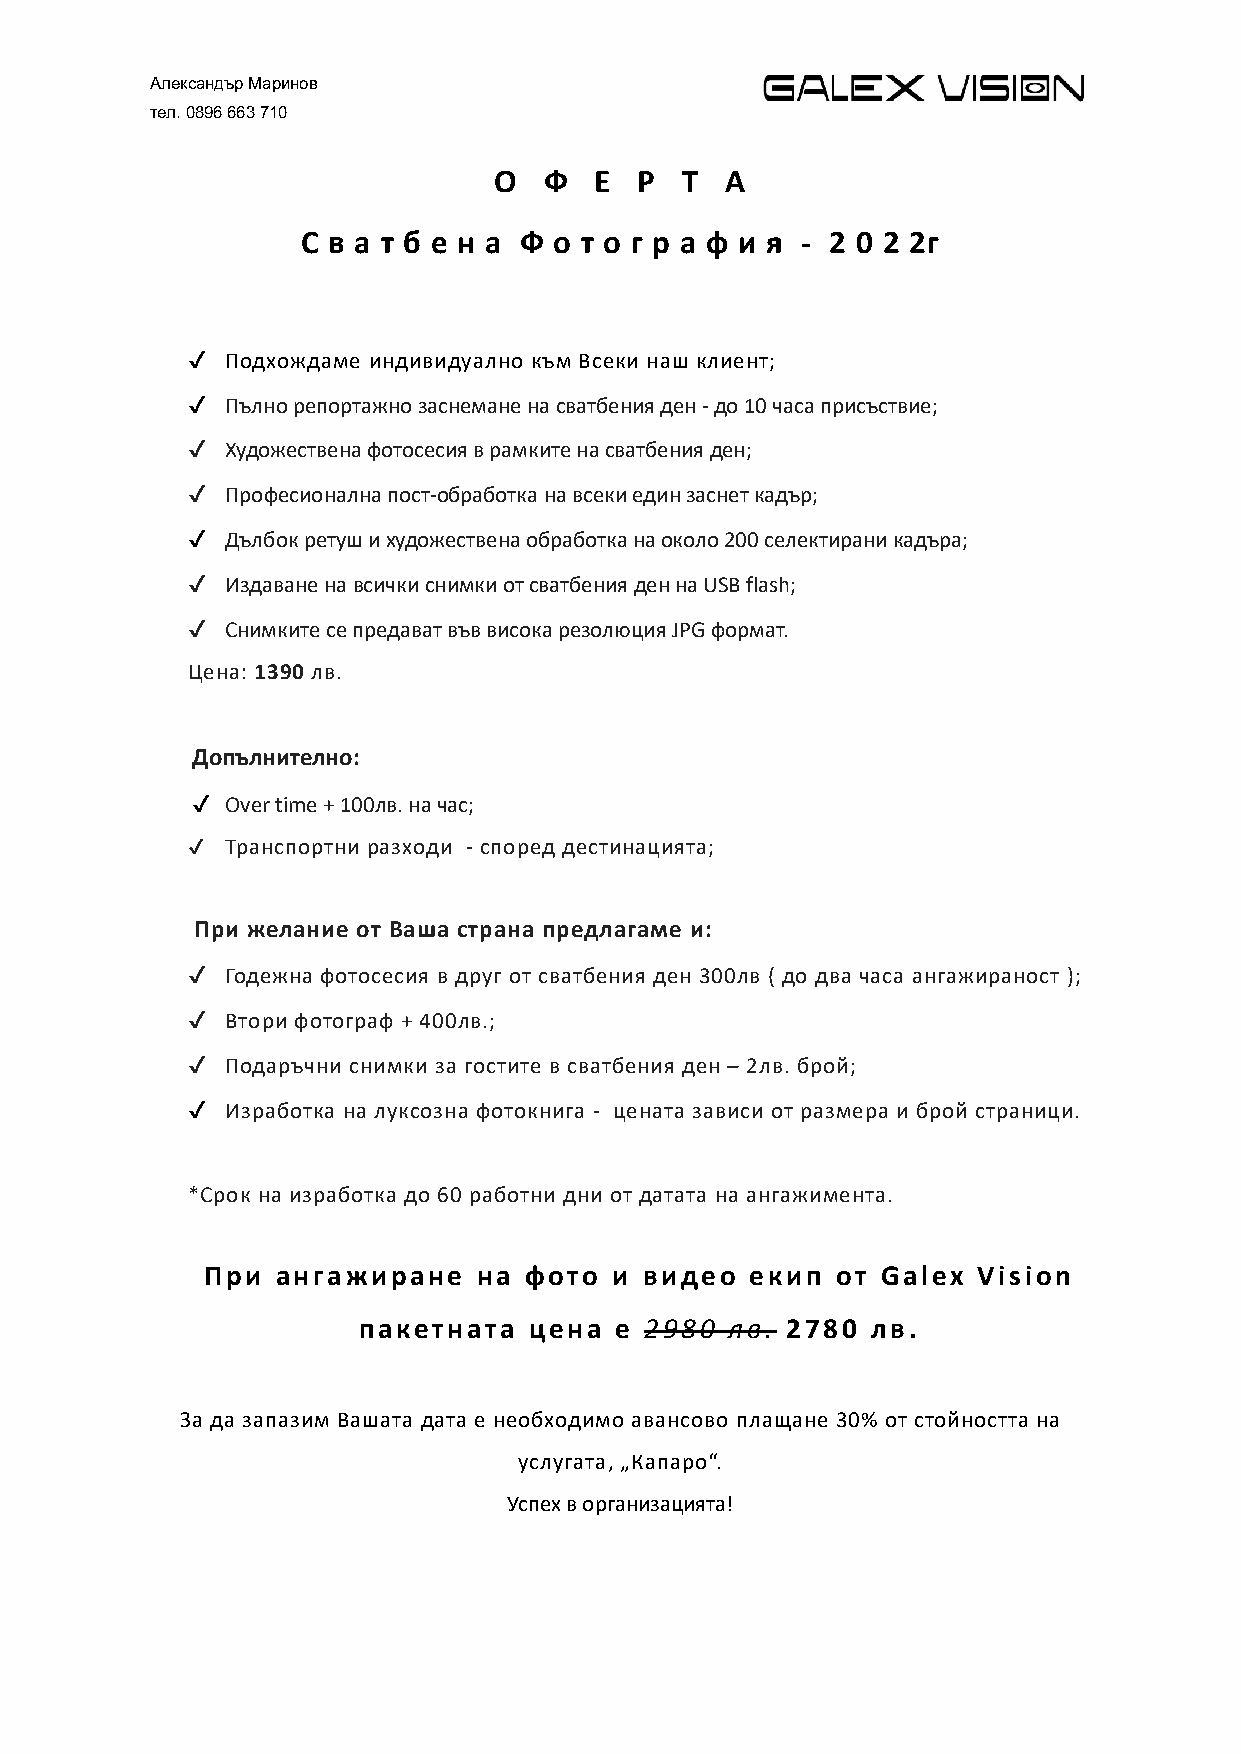
Александър Маринов
 тел. 0896 663 710
 О  Ф  Е  Р  Т  А
 С в а т б е н а Ф о т о г р а ф и я - 2 0 2 2г
 ✔  Подхождаме индивидуално към Всеки наш клиент;
 ✔  Пълно репортажно заснемане на сватбения ден - до 10 часа присъствие;
 ✔  Художествена фотосесия в рамките на сватбения ден;
 ✔  Професионална пост-обработка на всеки един заснет кадър;
 ✔  Дълбок ретуш и художествена обработка на около 200 селектирани кадъра;
 ✔  Издаване на всички снимки от сватбения ден на USB flash;
 ✔  Снимките се предават във висока резолюция JPG формат.
 Цена: 1390 лв.
 Допълнително:
 ✔ Over time + 100лв. на час;
 ✔  Транспортни разходи - според дестинацията;
 При желание от Ваша страна предлагаме и:
 ✔  Годежна фотосесия в друг от сватбения ден 300лв ( до два часа ангажираност );
 ✔  Втори фотограф + 400лв.;
 ✔  Подаръчни снимки за гостите в сватбения ден – 2лв. брой;
 ✔  Изработка на луксозна фотокнига - цената зависи от размера и брой страници.
 *Срок на изработка до 60 работни дни от датата на ангажимента.
 При  ангажиране    на фото  и видео  екип от Galex  Vision
 пакетната  цена  е 2980 лв. 2780  лв.
 За да запазим Вашата дата e необходимо авансово плащане 30% от стойността на
 услугата, „Капаро“.
 Успех в организацията!